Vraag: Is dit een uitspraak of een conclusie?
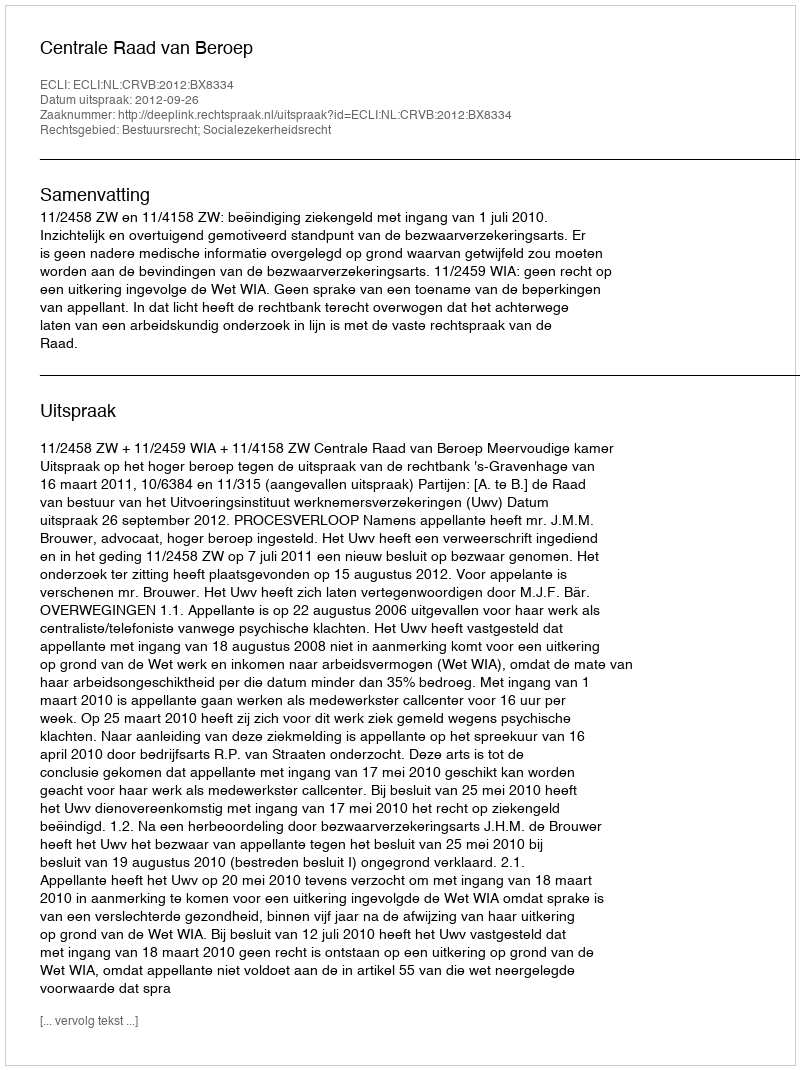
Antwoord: Uitspraak